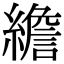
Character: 𦅼